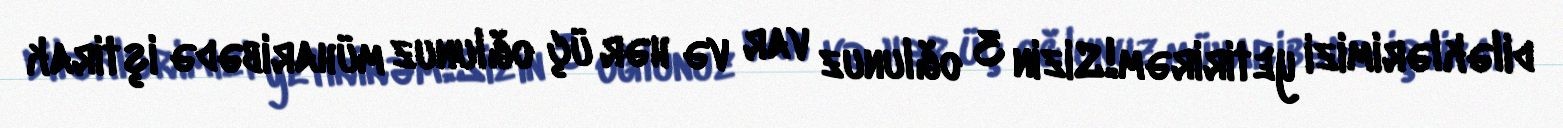
diləklərimizi yetirirəm!Sizin 3 oğlunuz var və hər üç oğlunuz müharibədə iştirak